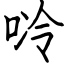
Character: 唥